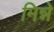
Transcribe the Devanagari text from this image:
मिन्ने